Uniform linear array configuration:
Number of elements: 8
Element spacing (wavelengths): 1
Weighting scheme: uniform
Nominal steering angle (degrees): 15
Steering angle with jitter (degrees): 14.226
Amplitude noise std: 0.05
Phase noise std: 0.05

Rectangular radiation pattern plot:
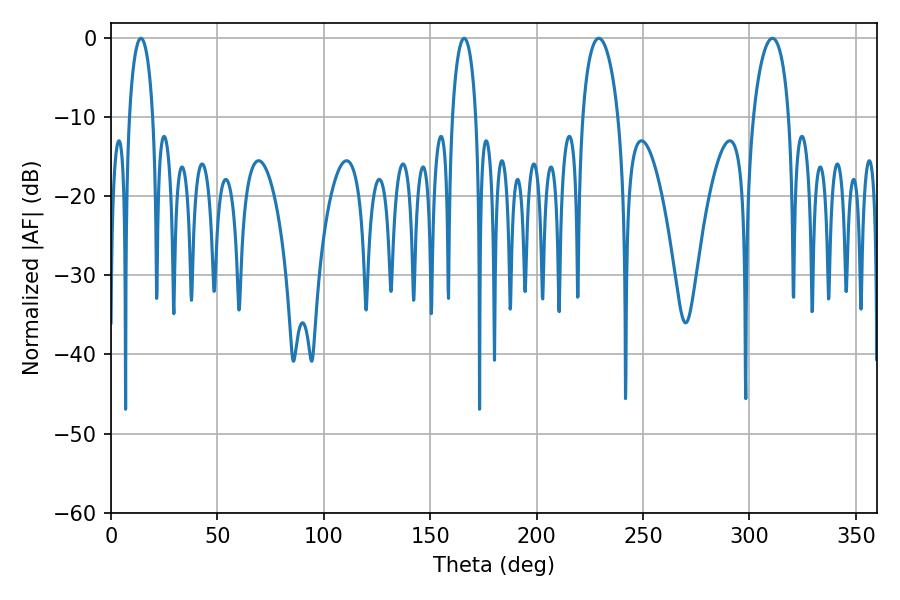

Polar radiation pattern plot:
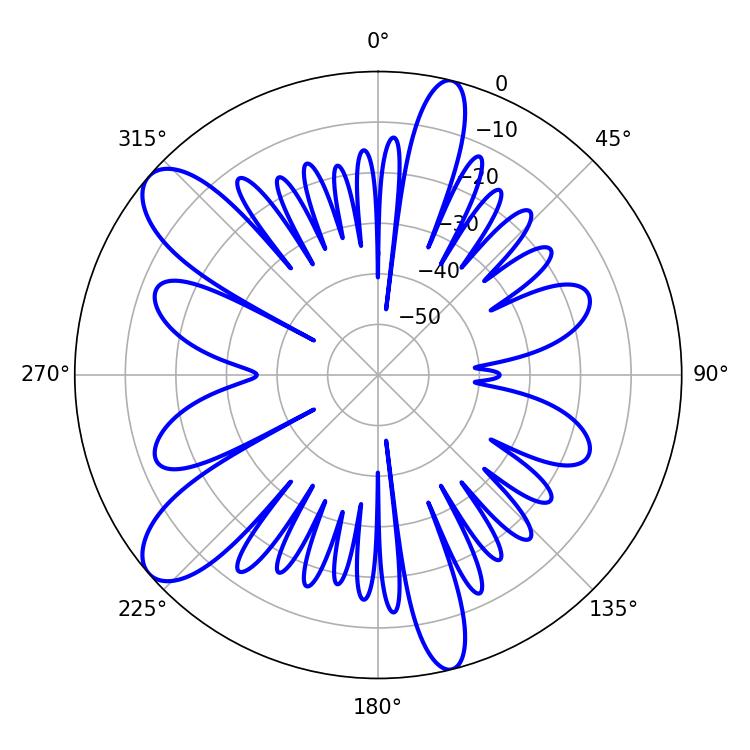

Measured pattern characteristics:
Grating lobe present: TRUE
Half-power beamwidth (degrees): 6.3
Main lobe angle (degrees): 14.04